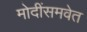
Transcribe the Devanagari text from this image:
मोदींसमवेत